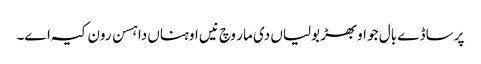
پر ساڈے بال جو اوبھڑ بولیاں دی مار وچ نیں اوہناں دا ہسن رون کیہ اے۔